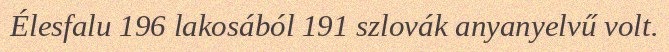
Élesfalu 196 lakosából 191 szlovák anyanyelvű volt.